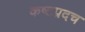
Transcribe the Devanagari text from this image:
कष्टप्रदच